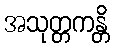
အသုတ္တကန္တိ